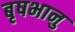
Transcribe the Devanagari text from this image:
बृषभानु